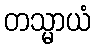
တသ္မာယံ